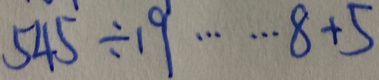
5 4 5 \div 1 9 \cdots 8 + 5